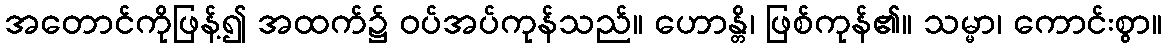
အတောင်ကိုဖြန့်၍ အထက်၌ ဝပ်အပ်ကုန်သည်။ ဟောန္တိ၊ ဖြစ်ကုန်၏။ သမ္မာ၊ ကောင်းစွာ။